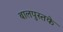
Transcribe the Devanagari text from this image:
बालपुस्तके